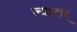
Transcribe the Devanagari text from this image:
ज्यादार्